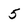
Character: 5